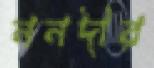
ননদীর